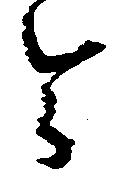
令